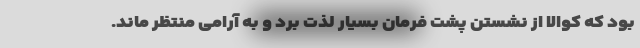
بود که کوالا از نشستن پشت فرمان بسیار لذت برد و به آرامی منتظر ماند.